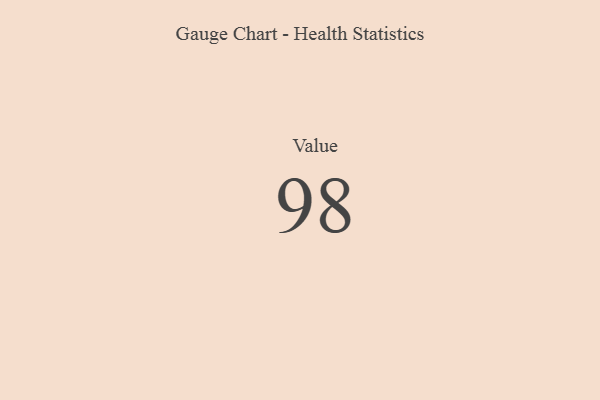
{"axis": {"x": "Metric", "y": "Value"}, "legend": [""], "data": [{"x": "Value", "y": 98, "type": ""}]}